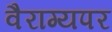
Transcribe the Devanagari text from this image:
वैराग्यपर